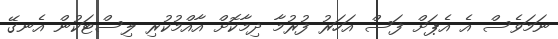
ނަމަވެސް އެ އެޕަށް ފަސް އަހަރު ފުރުމާ ދިމާކޮށް އާއްމުކުރި ލިސްޓަކުން އެނގޭ